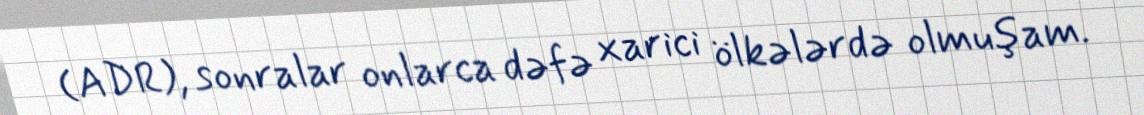
(ADR), sonralar onlarca dəfə xarici ölkələrdə olmuşam.